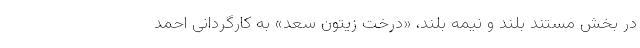
در بخش مستند بلند و نیمه بلند، «درخت زیتون سعد» به کارگردانی احمد